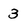
Character: 3